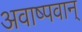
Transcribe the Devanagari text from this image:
अवाष्पवान्‌